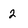
Character: 2